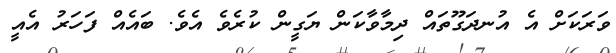
ވަރަކަށް އެ އުނދަގޫތައް ދިމާވާކަން ޔަގީން ކުރެވެ އެވެ. ބައެއް ފަހަރު އެއީ